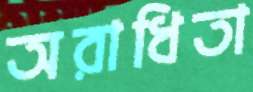
অরাধিতা